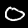
Label: 0